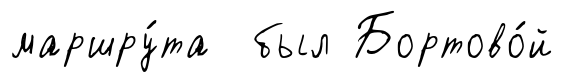
маршру́та был Бортово́й